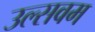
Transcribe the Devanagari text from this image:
उल्सवम